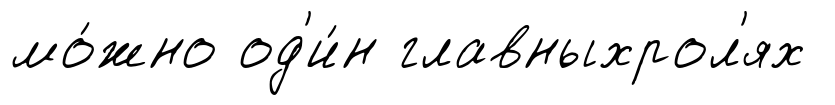
мо́жно од'и́н главныхрол'ях